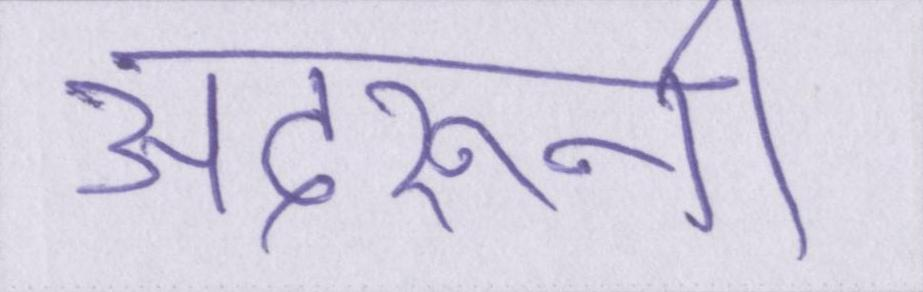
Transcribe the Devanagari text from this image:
अंदरूनी